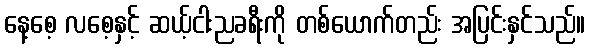
နေ့စေ့ လစေ့နှင့် ဆယ့်ငါးညခရီးကို တစ်ယောက်တည်း အပြင်းနှင်သည်။